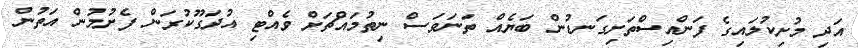
އަދި މުށިކުލައިގެ ފަންއިސްތަށިގަނޑުން ބަޔެއް ތަނަވަސް ނިތުމައްޗަށް ވެއްޓި އުދަގޫކުރަން ފެށުމުން އަތުން